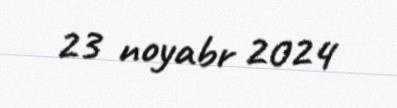
23 noyabr 2024